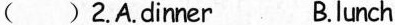
()2.A.dirner B.lunch